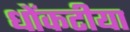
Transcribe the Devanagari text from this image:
धोंकटीया